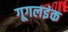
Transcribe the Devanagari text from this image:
गूगलइंक